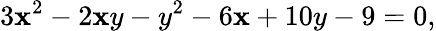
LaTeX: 3\mathbf{x}^{2}-2\mathbf{x}y-y^{2}-6\mathbf{x}+10y-9=0,